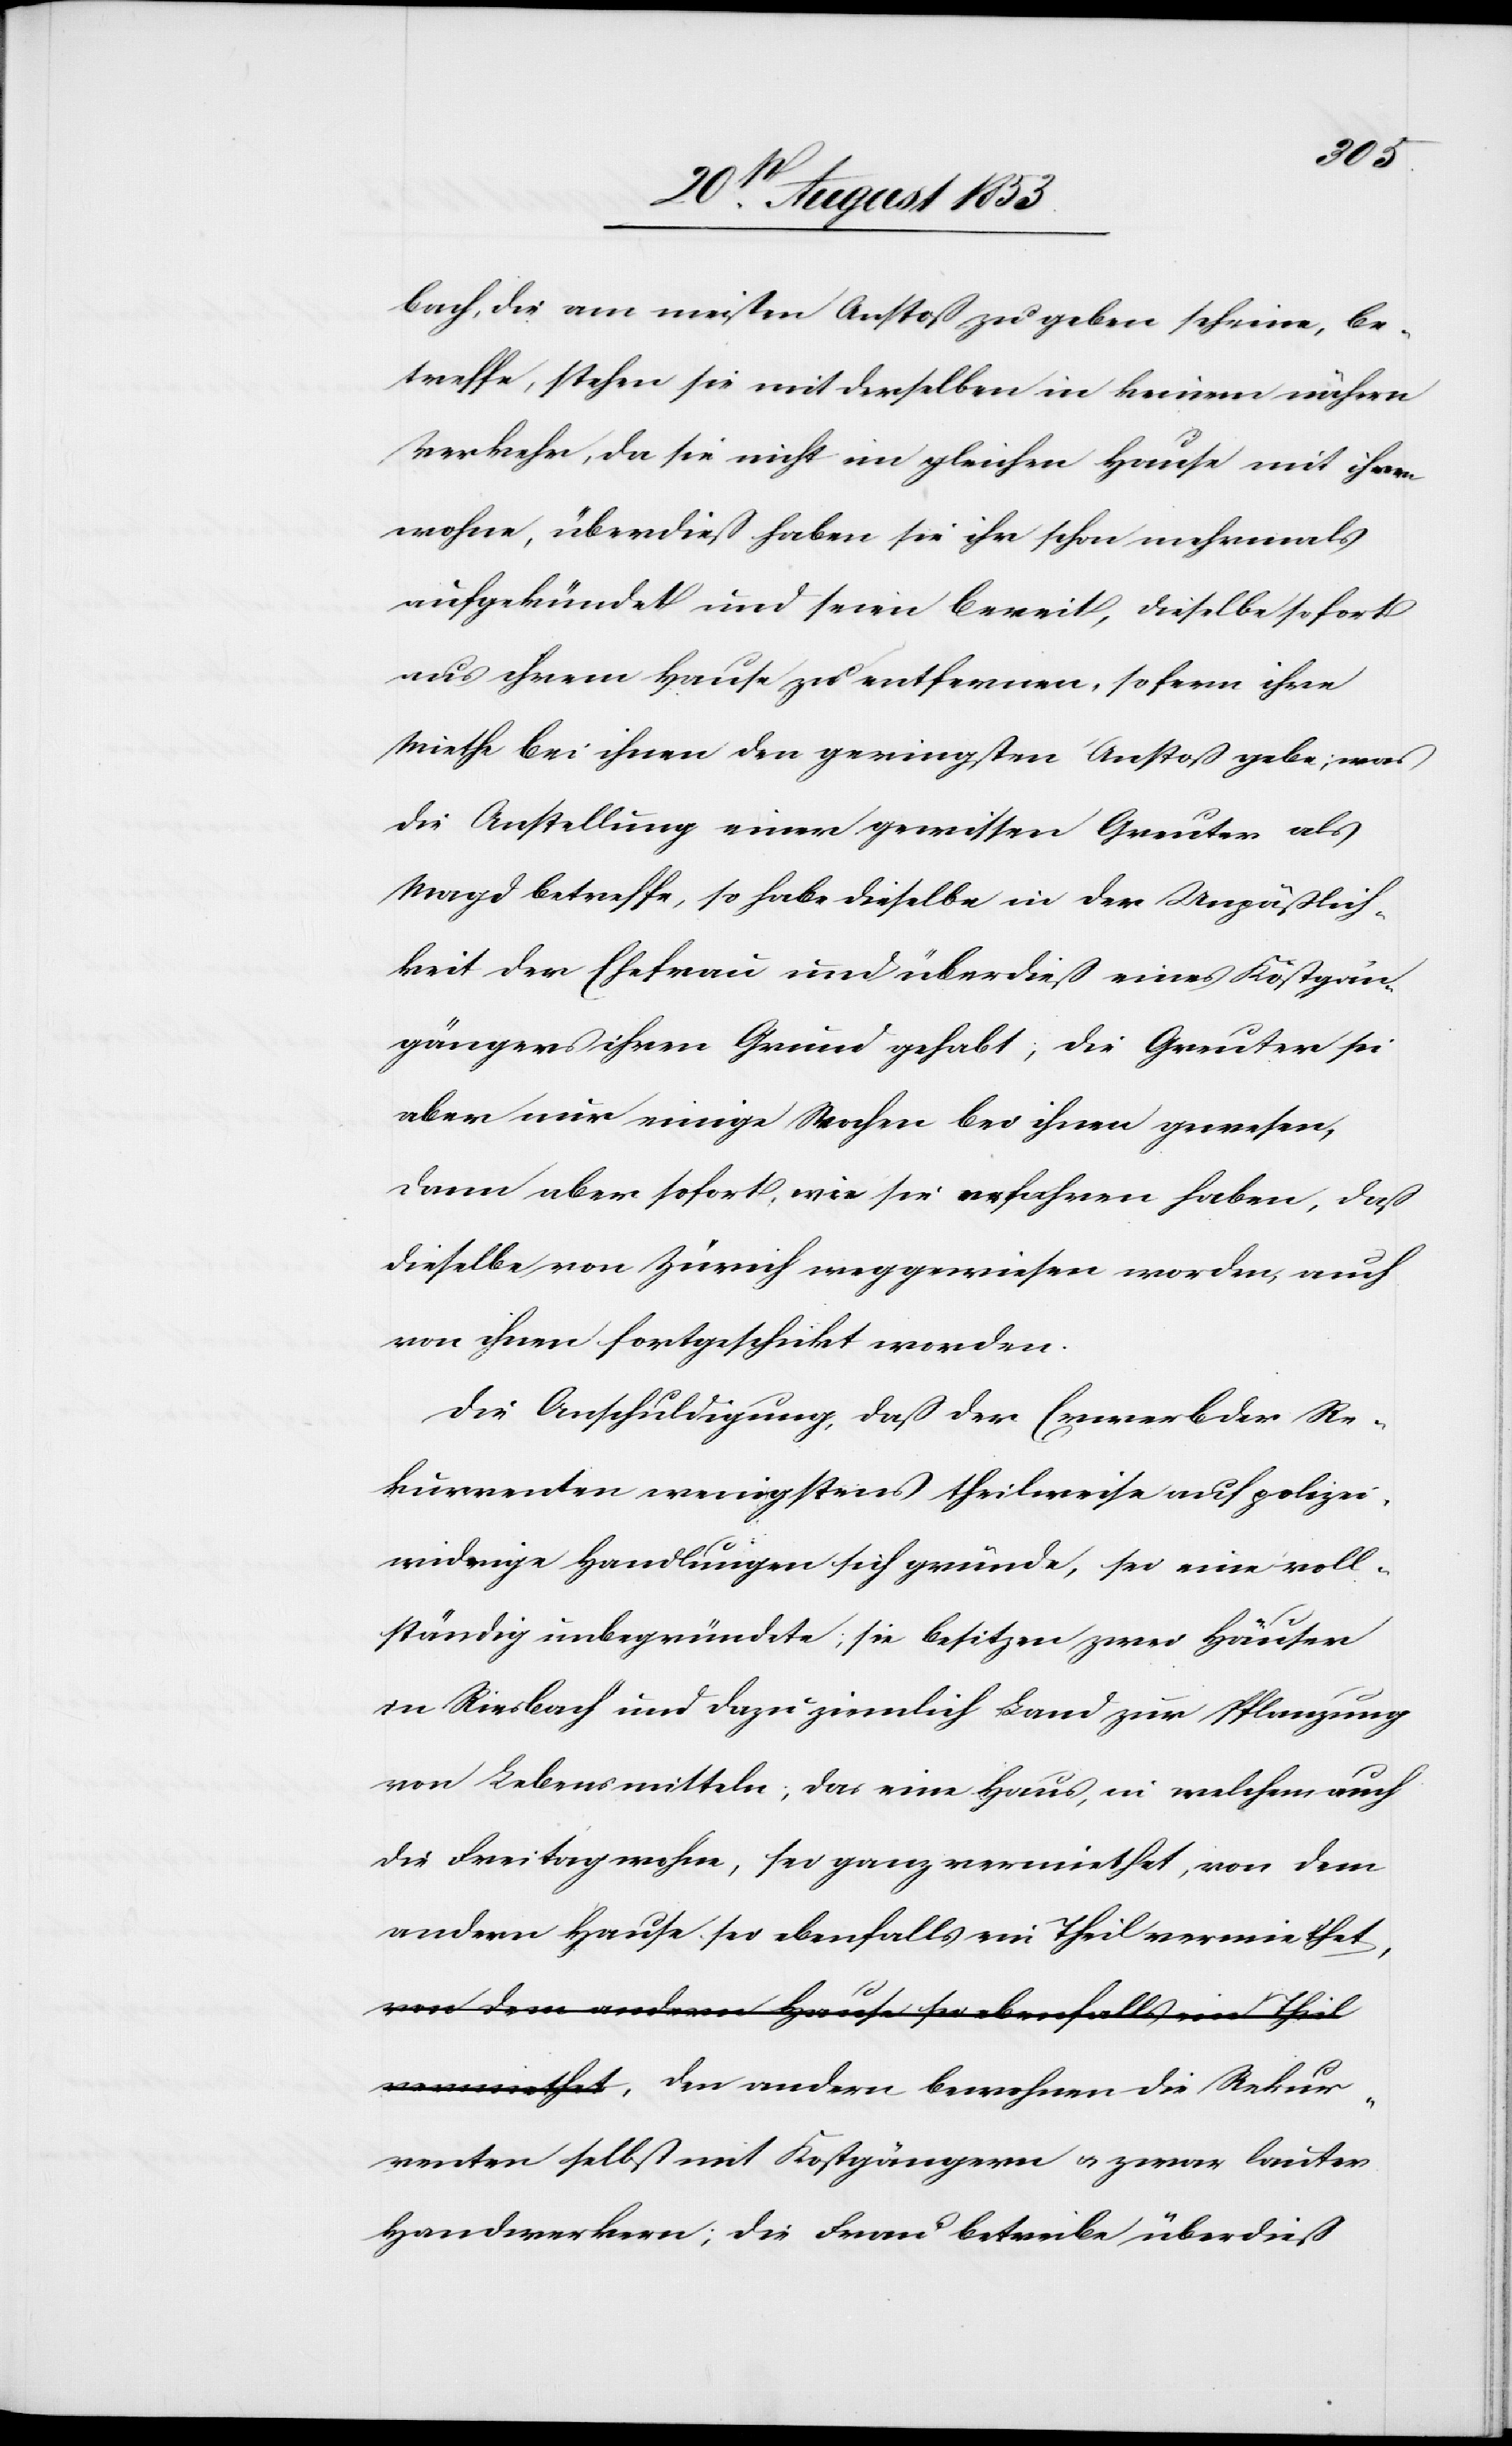
bach, die am meisten Anstoß zu geben scheine, be¬
treffe, stehen sie mit derselben in keinem nähern
Verkehr, da sie nicht im gleichen Hause mit ihnen
wohne, überdieß haben sie ihr schon nochmals
aufgekündet und seien bereit, dieselbe sofort
aus ihrem Hause zu entfernen, so fern ihre
Miethe bei ihnen den geringsten Anstoß gebe; was
die Anstellung einer gewissen Greuter als
Magd betreffe, so habe dieselbe in der Unpäßlich¬
keit der Ehefrau und überdieß eines Kost¬
gängers ihren Grund gehabt; die Greuter sei
aber nur einige Wochen bei ihnen gewesen,
dann aber sofort, wie sie erfahren haben, daß
dieselbe von Zürich weggewiesen worden, auch
von ihnen fortgeschickt worden.
Die Anschuldigung, daß der Erwerb der Re¬
kurrenten wenigstens theilweise auf polizei¬
widrige Handlungen sich gründe, sei eine voll¬
ständig unbegründete, sie besitzen zwar Häuser
in Riesbach und dazu ziemlich Land zur Pflanzung
von Lebensmitteln, das eine Haus, in welchem auch
die Freitag wohne, sei ganz vermiethet, von dem
andern Hause, sei ebenfalls ein Theil vermiet¬
het, den andern bewohnen die Rekur¬
renten selbst mit Kostgängern u. zwar lauter
Handwerkern; die Frau betreibe überdieß